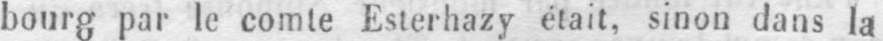
bourg par le comte Esterhazy était, sinon dans la